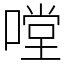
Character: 嘡